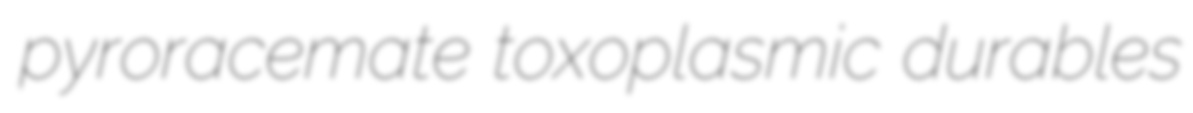
pyroracemate toxoplasmic durables